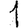
Digit: 1